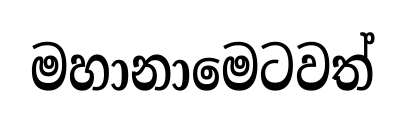
මහානාමෙටවත්